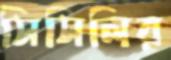
সিসিলির